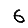
Digit: 6